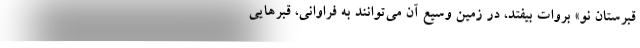
قبرستان نو» بروات بيفتد، در زمين وسيع آن مي‌توانند به فراواني، قبرهايي